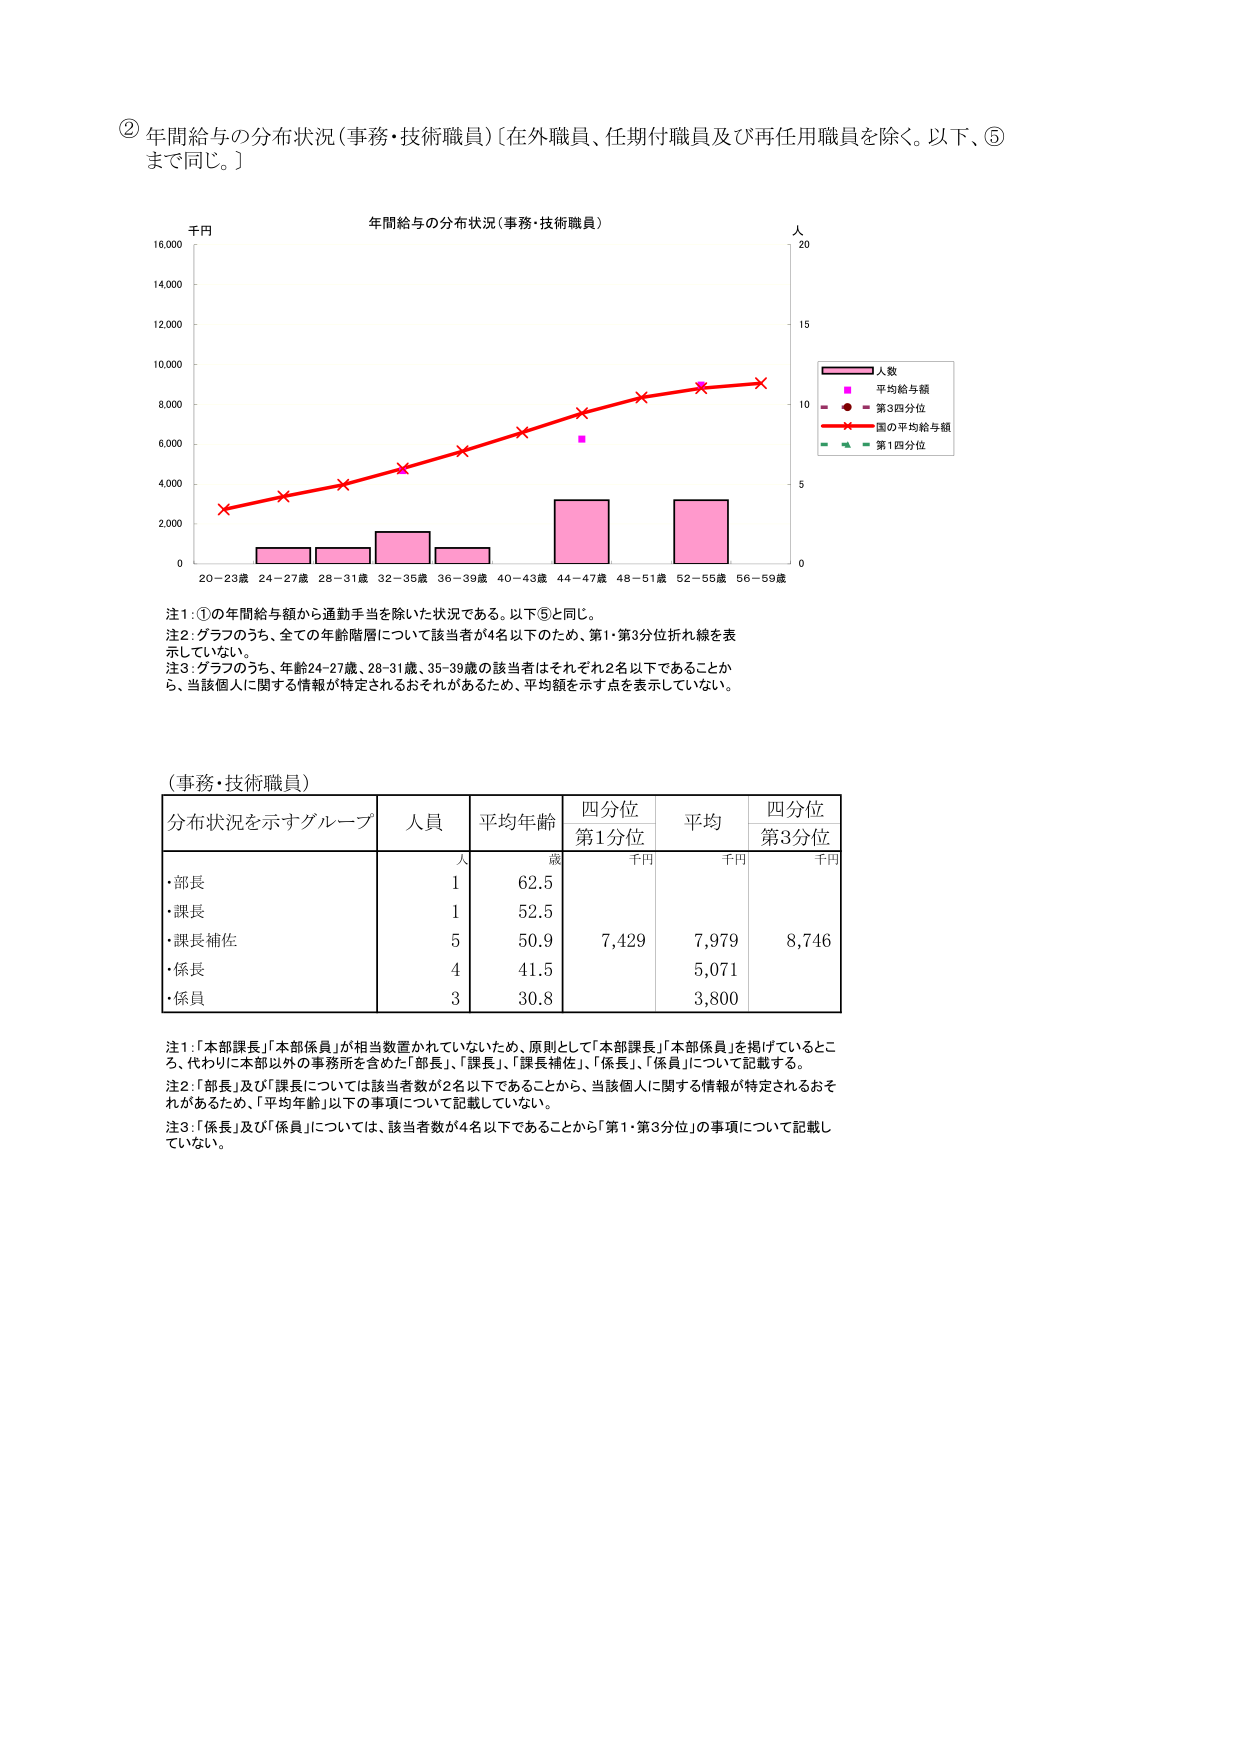
② 年間給与の分布状況（事務・技術職員）〔在外職員、任期付職員及び再任用職員を除く。以下、⑤まで同じ。〕

年間給与の分布状況（事務・技術職員）

千円
16,000
14,000
12,000
10,000
8,000
6,000
4,000
2,000
0

人
20
15
10
5
0

20－23歳 24－27歳 28－31歳 32－35歳 36－39歳 40－43歳 44－47歳 48－51歳 52－55歳 56－59歳

凡例：
人数
平均給与額
第3四分位
国の平均給与額
第1四分位

注1：①の年間給与額から通勤手当を除いた状況である。以下⑤と同じ。
注2：グラフのうち、全ての年齢階層について該当者が4名以下のため、第1・第3四分位折れ線を表示していない。
注3：グラフのうち、年齢24-27歳、28-31歳、35-39歳の該当者はそれぞれ2名以下であることから、当該個人に関する情報が特定されるおそれがあるため、平均額を示す点を表示していない。

（事務・技術職員）

分布状況を示すグループ　人員　平均年齢　四分位第1分位　平均　四分位第3分位
　　　　　　　　　　　　　　人　歳　千円　千円　千円

・部長　　　　　　　　　　1　　62.5
・課長　　　　　　　　　　1　　52.5
・課長補佐　　　　　　　　5　　50.9　　7,429　　7,979　　8,746
・係長　　　　　　　　　　4　　41.5　　　　　　5,071
・係員　　　　　　　　　　3　　30.8　　　　　　3,800

注1：「本部課長」「本部係員」が相当数置かれていないため、原則として「本部課長」「本部係員」を掲げているところ、代わりに本部以外の事務所を含めた「部長」「課長」「課長補佐」「係長」「係員」について記載する。
注2：「部長」及び「課長」については該当者数が2名以下であることから、当該個人に関する情報が特定されるおそれがあるため、「平均年齢」以下の事項について記載していない。
注3：「係長」及び「係員」については、該当者数が4名以下であることから「第1・第3分位」の事項について記載していない。